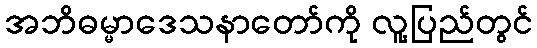
အဘိဓမ္မာဒေသနာတော်ကို လူ့ပြည်တွင်